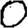
Digit: 0